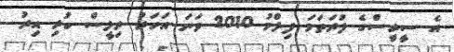
އެ ސީރީސްގެ ފުރަތަމަ ފިލްމު 2010 ވަނަ އަހަރު ރިލީސް ކުރި އިރު